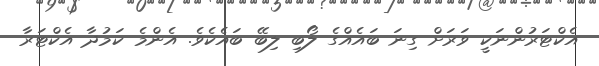
އެކްޓަރުންނަކީ ވަރަށް ގިނަ ބައެއްގެ ލޯބި ލިބޭ ބައެކެވެ. އެންމެ ކަމުދާ އެކްޓަރާ